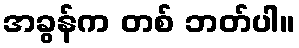
အခွန်က တစ် ဘတ်ပါ။